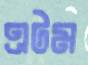
এটম